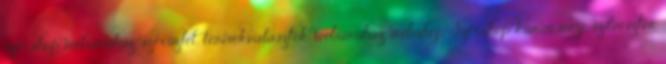
szexshop webáruház, szexüzlet, termékválaszték, webáruház, webshop Szexshop karácsony, szilveszter